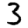
Digit: 3